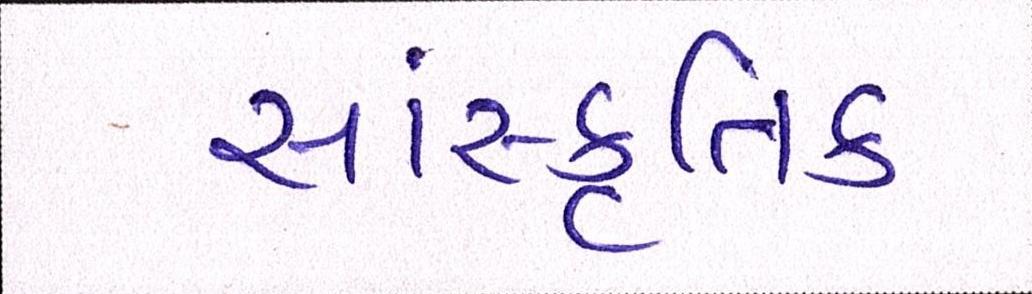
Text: સાંસ્કૃતિક